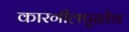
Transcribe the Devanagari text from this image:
कारगीलपुरतेच